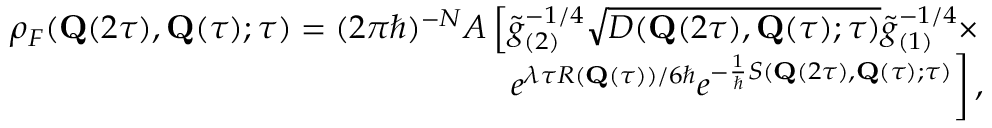
\begin{array} { r } { \rho _ { F } ( \mathbf { Q } ( 2 \tau ) , \mathbf { Q } ( \tau ) ; \tau ) = ( 2 \pi \hbar ) ^ { - N } { \cal A } \left[ \tilde { g } _ { ( 2 ) } ^ { - 1 / 4 } \sqrt { D ( \mathbf { Q } ( 2 \tau ) , \mathbf { Q } ( \tau ) ; \tau ) } \tilde { g } _ { ( 1 ) } ^ { - 1 / 4 } \times \right. } \\ { \left. e ^ { \lambda \tau R ( \mathbf { Q } ( \tau ) ) / 6 \hbar } e ^ { - \frac { 1 } { \hbar } S ( \mathbf { Q } ( 2 \tau ) , \mathbf { Q } ( \tau ) ; \tau ) } \right] , } \end{array}